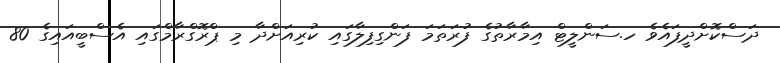
ދަސްކޮށްދީފައެވެ ހ.ސަންލީޓް އިމާރާތުގެ ފުރަތަމަ ފަންގިފިލާގައި ކުރިއަށްދާ މި ޕްރޮގްރާމްގައި އެސްބީއައިގެ 80